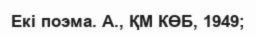
Екі поэма. А., ҚМ КӨБ, 1949;